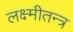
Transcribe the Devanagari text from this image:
लक्ष्मीतन्त्र